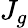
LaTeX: J_{g}